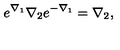
e ^ { \nabla _ { 1 } } \nabla _ { 2 } e ^ { - \nabla _ { 1 } } = \nabla _ { 2 } ,